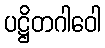
ပဋ္ဌိတဂါဝေါ